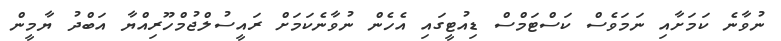
ނުވާނެ ކަމަށާއި ނަމަވެސް ކަސްޓަމްސް ޑިއުޓީގައި އެހެން ނުވާނެކަމަށް ރައީސުލްޖުމްހޫރިއްޔާ އަބްދު ޔާމީން